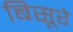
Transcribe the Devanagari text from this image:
बिसूरे